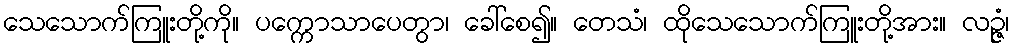
သေသောက်ကြူးတို့ကို။ ပက္ကောသာပေတွာ၊ ခေါ်စေ၍။ တေသံ၊ ထိုသေသောက်ကြူးတို့အား။ လဉ္ဇံ၊